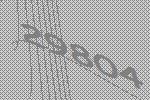
29804